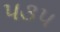
૫૩૫